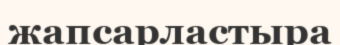
жапсарластыра